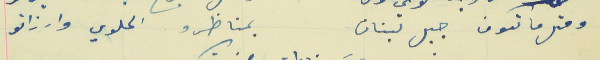
ومتل ما تكون جبل لبنان                                       بمناظرو الحلوي وارزاتو